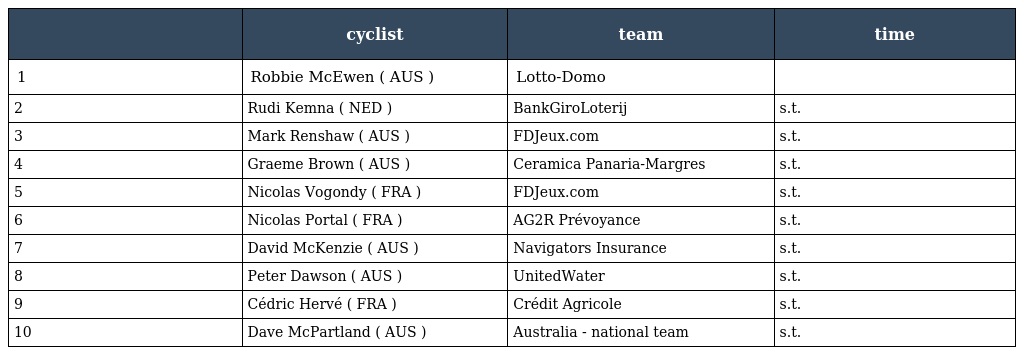
|  | cyclist | team | time |
 | --- | --- | --- | --- |
 | 1 | Robbie McEwen ( AUS ) | Lotto-Domo |  |
 | 2 | Rudi Kemna ( NED ) | BankGiroLoterij | s.t. |
 | 3 | Mark Renshaw ( AUS ) | FDJeux.com | s.t. |
 | 4 | Graeme Brown ( AUS ) | Ceramica Panaria-Margres | s.t. |
 | 5 | Nicolas Vogondy ( FRA ) | FDJeux.com | s.t. |
 | 6 | Nicolas Portal ( FRA ) | AG2R Prévoyance | s.t. |
 | 7 | David McKenzie ( AUS ) | Navigators Insurance | s.t. |
 | 8 | Peter Dawson ( AUS ) | UnitedWater | s.t. |
 | 9 | Cédric Hervé ( FRA ) | Crédit Agricole | s.t. |
 | 10 | Dave McPartland ( AUS ) | Australia - national team | s.t. |